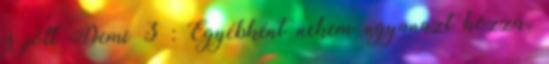
is jött Demi 3 : Egyébként nekem ugyanazt hozza,